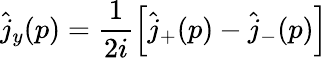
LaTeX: \hat{j}_{y}(p)=\frac{1}{2i}\left[\hat{j}_{+}(p)-\hat{j}_{-}(p)\right]